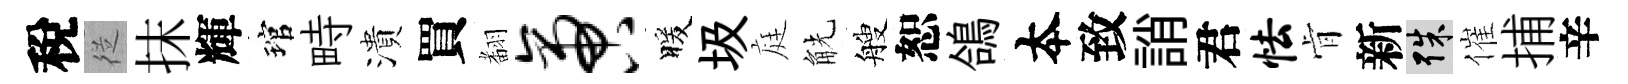
稅従抹輝琯畤潰買𮋒啻暖圾庭觥艘恕鴿夲致誚君怯肻新殊催捕辛